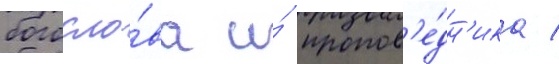
богосло́ва и́ пропов'е́дн'ика /